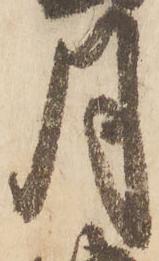
月